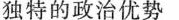
独特的政治优势